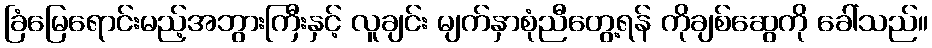
ခြံမြေရောင်းမည့်အဘွားကြီးနှင့် လူချင်း မျက်နှာစုံညီတွေ့ရန် ကိုချစ်ဆွေကို ခေါ်သည်။